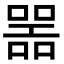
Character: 噐